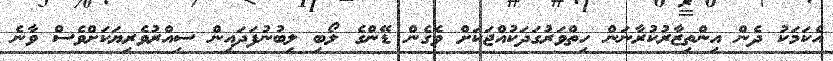
އެކަމަކު ދެން އިންތިޒާރުކުރާނަން ހިތްވަރުގަދަކުއްޖަކަށް ވެގެން ޑޭންގެ ލޯބި ލިބުނުފަދައިން ސިއްރުވެރިޔަކަށްވެސް ވާނެ